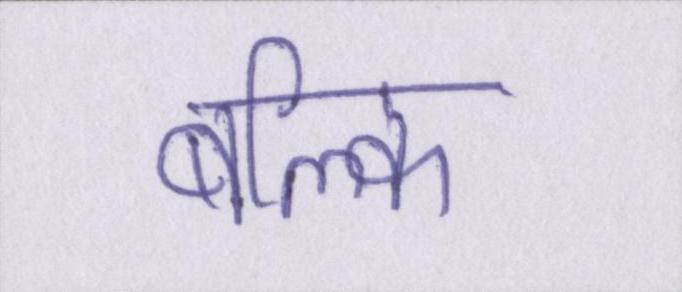
बल्कि